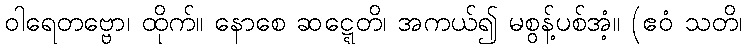
ဝါရေတဗ္ဗော၊ ထိုက်။ နောစေ ဆဋ္ဋေတိ၊ အကယ်၍ မစွန့်ပစ်အံ့။ (ဧဝံ သတိ၊